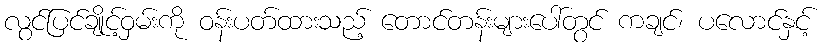
လွင်ပြင်ချိုင့်ဝှမ်းကို ဝန်းပတ်ထားသည့် တောင်တန်းများပေါ်တွင် ကချင်၊ ပလောင်နှင့်